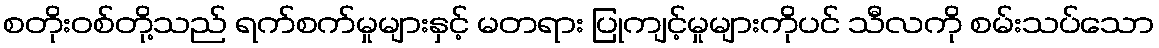
စတိုးဝစ်တို့သည် ရက်စက်မှုများနှင့် မတရား ပြုကျင့်မှုများကိုပင် သီလကို စမ်းသပ်သော